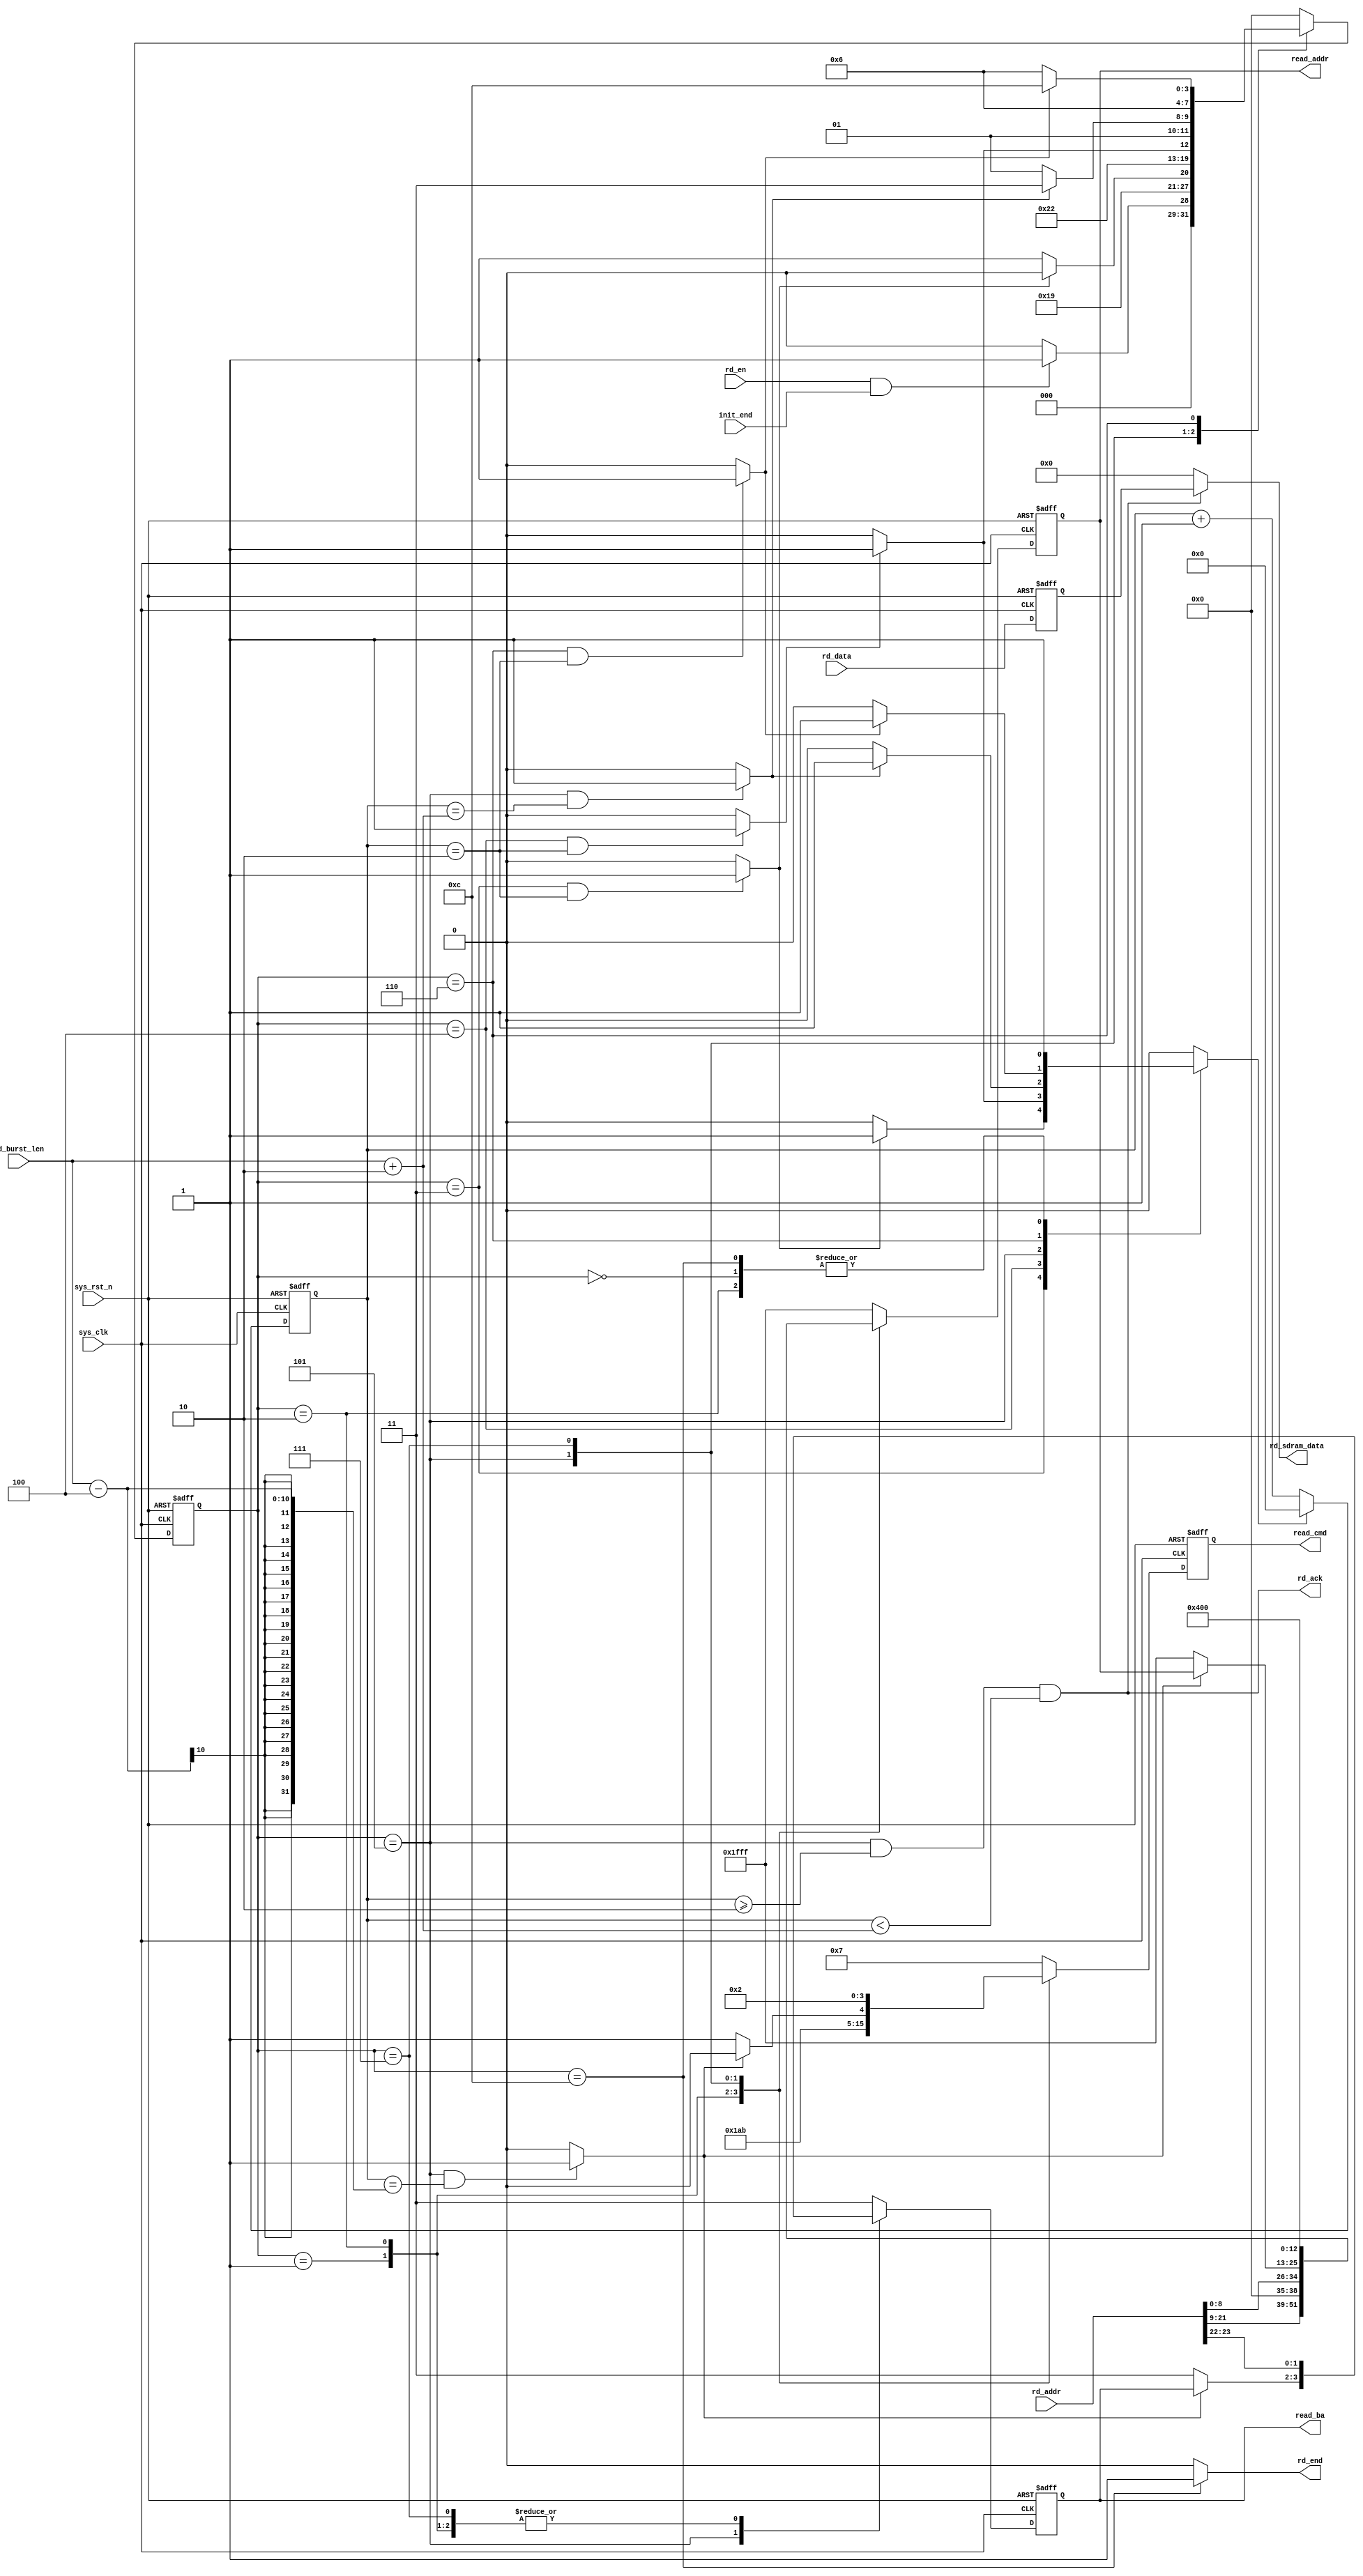
// Create : 2022-07-04 20:51:55
// -----------------------------------------------------------------------------
`timescale  1ns/1ns


module  sdram_read
(
    input   wire            sys_clk         ,   //,166.66MHz
    input   wire            sys_rst_n       ,   //,
    input   wire            init_end        ,   //
    input   wire            rd_en           ,   //
    input   wire    [23:0]  rd_addr         ,   //SDRAM
    input   wire    [15:0]  rd_data         ,   //SDRAM
    input   wire    [9:0]   rd_burst_len    ,   //SDRAM

    output  wire            rd_ack          ,   //SDRAM
    output  wire            rd_end          ,   //
    output  reg     [3:0]   read_cmd        ,   //sdram,{cs_n,ras_n,cas_n,we_n}
    output  reg     [1:0]   read_ba         ,   //Bank
    output  reg     [12:0]  read_addr       ,   //,,,A12-A0,13
    output  wire    [15:0]  rd_sdram_data       //SDRAM
);

//********************************************************************//
//****************** Parameter and Internal Signal *******************//
//********************************************************************//

//parameter     define
parameter   TRCD_CLK    =   10'd2   ,   //
            TCL_CLK     =   10'd3   ,   //
            TRP_CLK     =   10'd2   ;   //

parameter   RD_IDLE     =   4'b0000 ,   //
            RD_ACTIVE   =   4'b0001 ,   //
            RD_TRCD     =   4'b0011 ,   //
            RD_READ     =   4'b0010 ,   //
            RD_CL       =   4'b0100 ,   //
            RD_DATA     =   4'b0101 ,   //
            RD_PRE      =   4'b0111 ,   //
            RD_TRP      =   4'b0110 ,   //
            RD_END      =   4'b1100 ;   //
parameter   NOP         =   4'b0111 ,   //
            ACTIVE      =   4'b0011 ,   //
            READ        =   4'b0101 ,   //
            B_STOP      =   4'b0110 ,   //
            P_CHARGE    =   4'b0010 ;   //

//wire  define
wire            trcd_end    ;   //
wire            trp_end     ;   //
wire            tcl_end     ;   //
wire            tread_end   ;   //
wire            rdburst_end ;   //

//reg   define
reg     [3:0]   read_state  ;   //SDRAM
reg     [9:0]   cnt_clk     ;   //,
reg             cnt_clk_rst ;   //
reg     [15:0]  rd_data_reg ;

//********************************************************************//
//***************************** Main Code ****************************//
//********************************************************************//

//rd_data_reg
always@(posedge sys_clk or negedge sys_rst_n)
    if(sys_rst_n == 1'b0)
        rd_data_reg <=  16'd0;
    else
        rd_data_reg <=  rd_data;

//rd_end:
assign  rd_end = (read_state == RD_END) ? 1'b1 : 1'b0;

//rd_ack:SDRAM  //166m
assign  rd_ack = (read_state == RD_DATA)
                && (cnt_clk >= 10'd2)
                && (cnt_clk < (rd_burst_len + 'd2));

//cnt_clk:,
always@(posedge sys_clk or negedge sys_rst_n)
    if(sys_rst_n == 1'b0)
        cnt_clk <=  10'd0;
    else    if(cnt_clk_rst == 1'b1)
        cnt_clk <=  10'd0;
    else
        cnt_clk <=  cnt_clk + 1'b1;

//trcd_end,trp_end,tcl_end,tread_end,rdburst_end:
assign  trcd_end    =   ((read_state == RD_TRCD)
                        && (cnt_clk == TRCD_CLK        )) ? 1'b1 : 1'b0;    //
assign  trp_end     =   ((read_state == RD_TRP )
                        && (cnt_clk == TRP_CLK         )) ? 1'b1 : 1'b0;    //
assign  tcl_end     =   ((read_state == RD_CL  )
                        && (cnt_clk == TCL_CLK - 1     )) ? 1'b1 : 1'b0;    //
assign  tread_end   =   ((read_state == RD_DATA)
                        && (cnt_clk == rd_burst_len + 2)) ? 1'b1 : 1'b0;    //
assign  rdburst_end =   ((read_state == RD_DATA)
                        && (cnt_clk == rd_burst_len - 4)) ? 1'b1 : 1'b0;    //

//read_state:SDRAM
always@(posedge sys_clk or negedge sys_rst_n)
    if(sys_rst_n == 1'b0)
            read_state  <=  RD_IDLE;
    else
        case(read_state)
            RD_IDLE:
                if((rd_en ==1'b1) && (init_end == 1'b1))
                        read_state <=  RD_ACTIVE;
                else
                        read_state <=  RD_IDLE;
            RD_ACTIVE:
                read_state <=  RD_TRCD;
            RD_TRCD:
                if(trcd_end == 1'b1)
                    read_state <=  RD_READ;
                else
                    read_state <=  RD_TRCD;
            RD_READ:
                read_state <=  RD_CL;
            RD_CL:
                read_state <=  (tcl_end == 1'b1) ? RD_DATA : RD_CL;
            RD_DATA:
                read_state <=  (tread_end == 1'b1) ? RD_PRE : RD_DATA;
            RD_PRE:
                read_state  <=  RD_TRP;
            RD_TRP:
                read_state  <=  (trp_end == 1'b1) ? RD_END : RD_TRP;
            RD_END:
                read_state  <=  RD_IDLE;
            default:
                read_state  <=  RD_IDLE;
        endcase

//
always@(*)
    begin
        case(read_state)
            RD_IDLE:    cnt_clk_rst   <=  1'b1;
            RD_TRCD:    cnt_clk_rst   <=  (trcd_end == 1'b1) ? 1'b1 : 1'b0;
            RD_READ:    cnt_clk_rst   <=  1'b1;
            RD_CL:      cnt_clk_rst   <=  (tcl_end == 1'b1) ? 1'b1 : 1'b0;
            RD_DATA:    cnt_clk_rst   <=  (tread_end == 1'b1) ? 1'b1 : 1'b0;
            RD_TRP:     cnt_clk_rst   <=  (trp_end == 1'b1) ? 1'b1 : 1'b0;
            RD_END:     cnt_clk_rst   <=  1'b1;
            default:    cnt_clk_rst   <=  1'b0;
        endcase
    end

//SDRAM
always@(posedge sys_clk or negedge sys_rst_n)
    if(sys_rst_n == 1'b0)
        begin
            read_cmd    <=  NOP;
            read_ba     <=  2'b11;
            read_addr   <=  13'h1fff;
        end
    else
        case(read_state)
            RD_IDLE,RD_TRCD,RD_TRP:
                begin
                    read_cmd    <=  NOP;
                    read_ba     <=  2'b11;
                    read_addr   <=  13'h1fff;
                end
            RD_ACTIVE:  //
                begin
                    read_cmd    <=  ACTIVE;
                    read_ba     <=  rd_addr[23:22];
                    read_addr   <=  rd_addr[21:9];
                end
            RD_READ:    //
                begin
                    read_cmd    <=  READ;
                    read_ba     <=  rd_addr[23:22];
                    read_addr   <=  {4'b0000,rd_addr[8:0]};
                end
            RD_DATA:    //
                begin
                    if(rdburst_end == 1'b1)
                        read_cmd <=  B_STOP;
                    else
                        begin
                            read_cmd    <=  NOP;
                            read_ba     <=  2'b11;
                            read_addr   <=  13'h1fff;
                        end
                end
            RD_PRE:     //
                begin
                    read_cmd    <= P_CHARGE;
                    read_ba     <= rd_addr[23:22];
                    read_addr   <= 13'h0400;
                end
            RD_END:
                begin
                    read_cmd    <=  NOP;
                    read_ba     <=  2'b11;
                    read_addr   <=  13'h1fff;
                end
            default:
                begin
                    read_cmd    <=  NOP;
                    read_ba     <=  2'b11;
                    read_addr   <=  13'h1fff;
                end
        endcase

//rd_sdram_data:SDRAM
assign  rd_sdram_data = (rd_ack == 1'b1) ? rd_data_reg : 16'b0;

endmodule